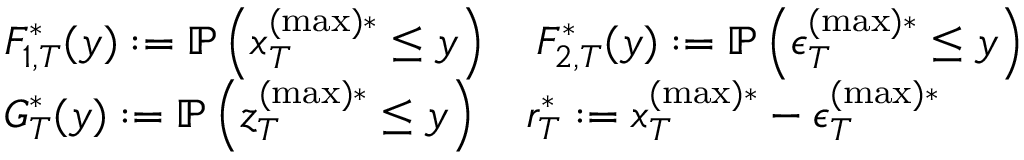
\begin{array} { r l } & { F _ { 1 , T } ^ { * } ( y ) : = \mathbb { P } \left( x _ { T } ^ { ( \operatorname* { m a x } ) * } \leq y \right) \quad F _ { 2 , T } ^ { * } ( y ) : = \mathbb { P } \left( \epsilon _ { T } ^ { ( \operatorname* { m a x } ) * } \leq y \right) } \\ & { G _ { T } ^ { * } ( y ) : = \mathbb { P } \left( z _ { T } ^ { ( \operatorname* { m a x } ) * } \leq y \right) \quad r _ { T } ^ { * } : = x _ { T } ^ { ( \operatorname* { m a x } ) * } - \epsilon _ { T } ^ { ( \operatorname* { m a x } ) * } } \end{array}